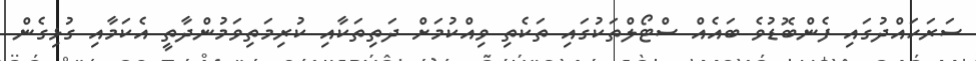
ސަރަހައްދުގައި ފެންބޮޑުވެ ބައެއް ސްޓޯލްތަކުގައި ތަކެތި ވިއްކުމަށް ދަތިތަކާއި ކުރިމަތިވަމުންދާތީ އެކަމާއި ގުޅިގެން